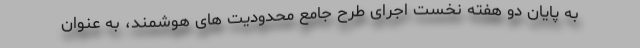
به پایان دو هفتهِ نخستِ اجرای طرح جامع محدودیت های هوشمند، به عنوان